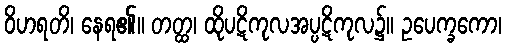
ဝိဟရတိ၊ နေရ၏။ တတ္ထ၊ ထိုပဋိကုလအပ္ပဋိကုလ၌။ ဥပေက္ခကော၊